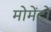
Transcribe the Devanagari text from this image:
मोमेंटो